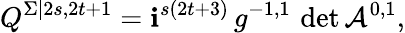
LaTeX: Q^{\Sigma|2s,2t+1}=\mathbf{i}^{s(2t+3)}\, g^{-1,1}\, \operatorname*{det}\mathcal{{A}}^{0,1},